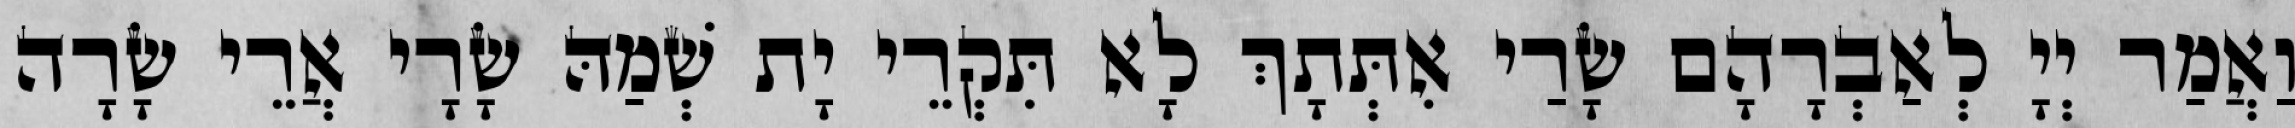
וַאֲמַר יְיָ לְאַבְרָהָם שָׂרַי אִתְּתָךְ לָא תִּקְרֵי יָת שְׁמַהּ שָׂרָי אֲרֵי שָׂרָה